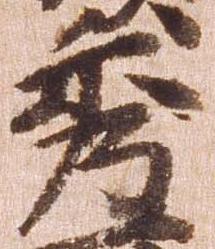
秀